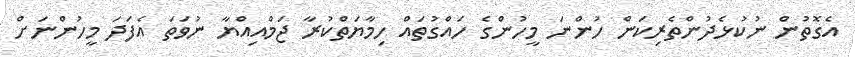
އެގޮތުން ނުކުޅެދުންތެރިކަން ހުންނަ މީހުންގެ ހައްގުތައް ހިމާޔަތްކުރާ ޖަމްއިއްޔާ ނުވަތަ އެފަދަ މީހުންނަށް